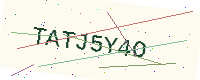
Text: TATJ5Y4O